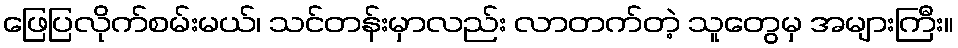
ဖြေပြလိုက်စမ်းမယ်၊ သင်တန်းမှာလည်း လာတက်တဲ့ သူတွေမှ အများကြီး။